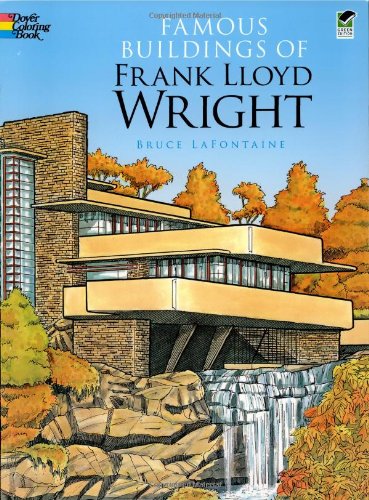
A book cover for Famous Buildings of Frank Lloyd Wright (Dover History Coloring Book); Bruce LaFontaine; Children's Books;